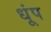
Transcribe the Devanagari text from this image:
धूंप